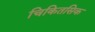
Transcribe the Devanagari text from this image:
चिकितसिक